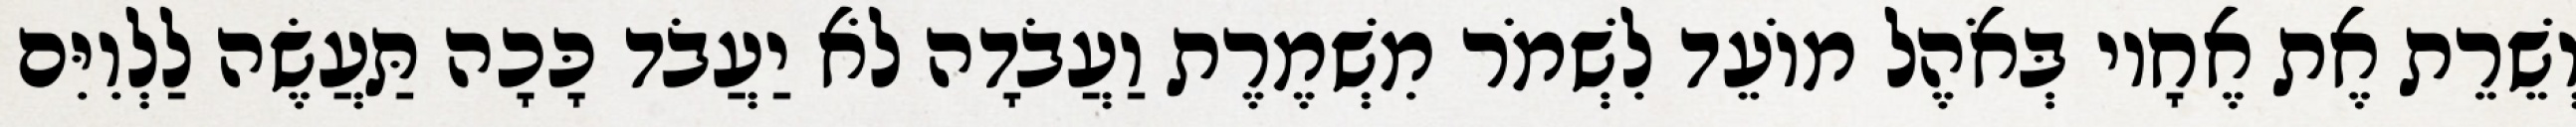
וְשֵׁרֵת אֶת אֶחָיו בְּאֹהֶל מוֹעֵד לִשְׁמֹר מִשְׁמֶרֶת וַעֲבֹדָה לֹא יַעֲבֹד כָּכָה תַּעֲשֶׂה לַלְוִיִּם